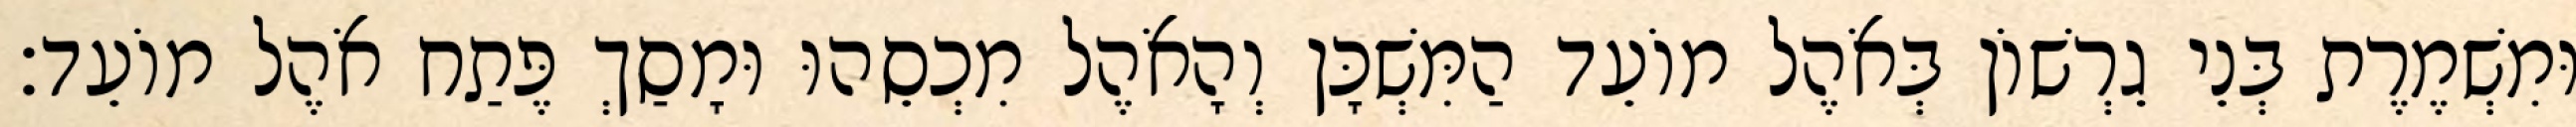
וּמִשְׁמֶרֶת בְּנֵי גֵרְשׁוֹן בְּאֹהֶל מוֹעֵד הַמִּשְׁכָּן וְהָאֹהֶל מִכְסֵהוּ וּמָסַךְ פֶּתַח אֹהֶל מוֹעֵד׃